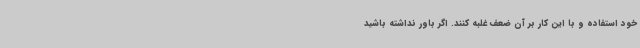
خود استفاده و با این کار بر آن ضعف غلبه کنند. اگر باور نداشته باشید